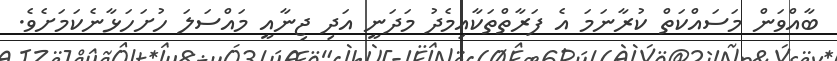
ބާއްވަން މަސައްކަތް ކުރާނަމަ އެ ފަރާތްތަކާއިމެދު މަދަނީ އަދި ޖިނާއީ މައްސަލަ ހުށަހަޅާނެކަމަށެެެވެ.